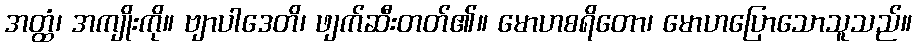
အတ္ထံ၊ အကျိုးကို။ ဗျာပါဒေတိ၊ ဖျက်ဆီးတတ်၏။ မောဟစရိတော၊ မောဟပြောသောသူသည်။